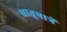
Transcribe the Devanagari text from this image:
धातुपात्रें